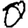
Digit: 0